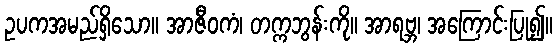
ဥပကအမည်ရှိသော။ အာဇီဝကံ၊ တက္ကဘွန်းကို။ အာရဗ္ဘ၊ အကြောင်းပြု၍။